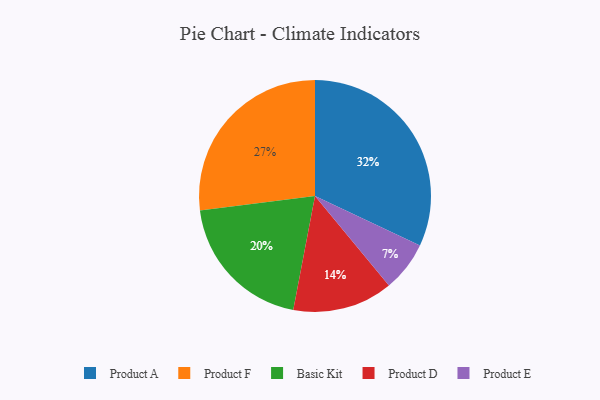
{"axis": {"x": "Category", "y": "Percentage"}, "legend": ["Basic Kit", "Product A", "Product D", "Product E", "Product F"], "data": [{"x": "Basic Kit", "y": 20, "type": "Basic Kit"}, {"x": "Product A", "y": 32, "type": "Product A"}, {"x": "Product F", "y": 27, "type": "Product F"}, {"x": "Product D", "y": 14, "type": "Product D"}, {"x": "Product E", "y": 7, "type": "Product E"}]}